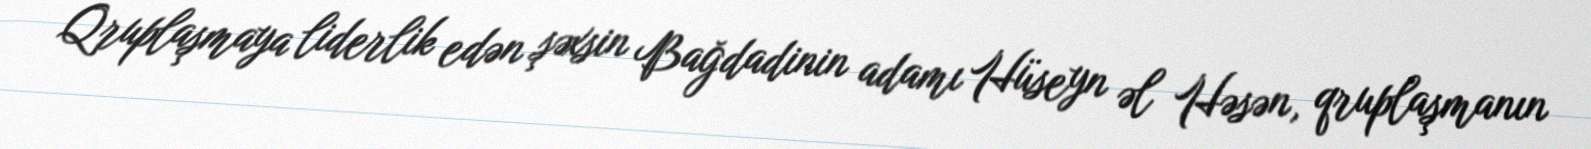
Qruplaşmaya liderlik edən şəxsin Bağdadinin adamı Hüseyn əl Həsən, qruplaşmanın